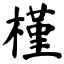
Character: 槿